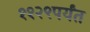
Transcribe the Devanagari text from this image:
११२९पर्यंत